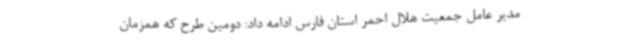
مدیر عامل جمعیت هلال احمر استان فارس ادامه داد: دومین طرح که همزمان